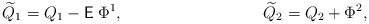
\begin{align*}{\widetilde Q}_1 = Q_1 - {\sf E}\;\Phi^1, \hspace{1.4in} {\widetilde Q}_2 = Q_2 + \Phi^2,\end{align*}